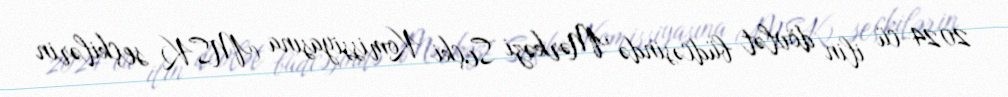
2024-cü ilin dövlət büdcəsində Mərkəzi Seçki Komissiyasına (MSK) seçkilərin